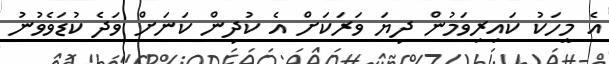
އެ މީހަކު ކައިރިވަމުން ދިޔަ ވަރަކަށް އެ ކުދިން ކަނަށް ވަދެ ކުޑަވެވުނު